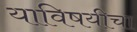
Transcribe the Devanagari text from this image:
याविषयीचा